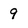
Character: 9